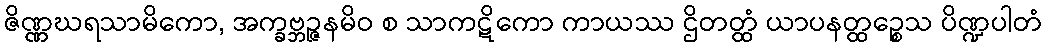
ဇိဏ္ဏဃရသာမိကော, အက္ခဗ္ဘဉ္ဇနမိဝ စ သာကဋိကော ကာယဿ ဌိတတ္ထံ ယာပနတ္ထဉ္စေသ ပိဏ္ဍပါတံ